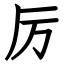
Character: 厉